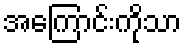
အကြောင်းကိုသာ